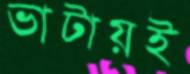
ভাটায়ই